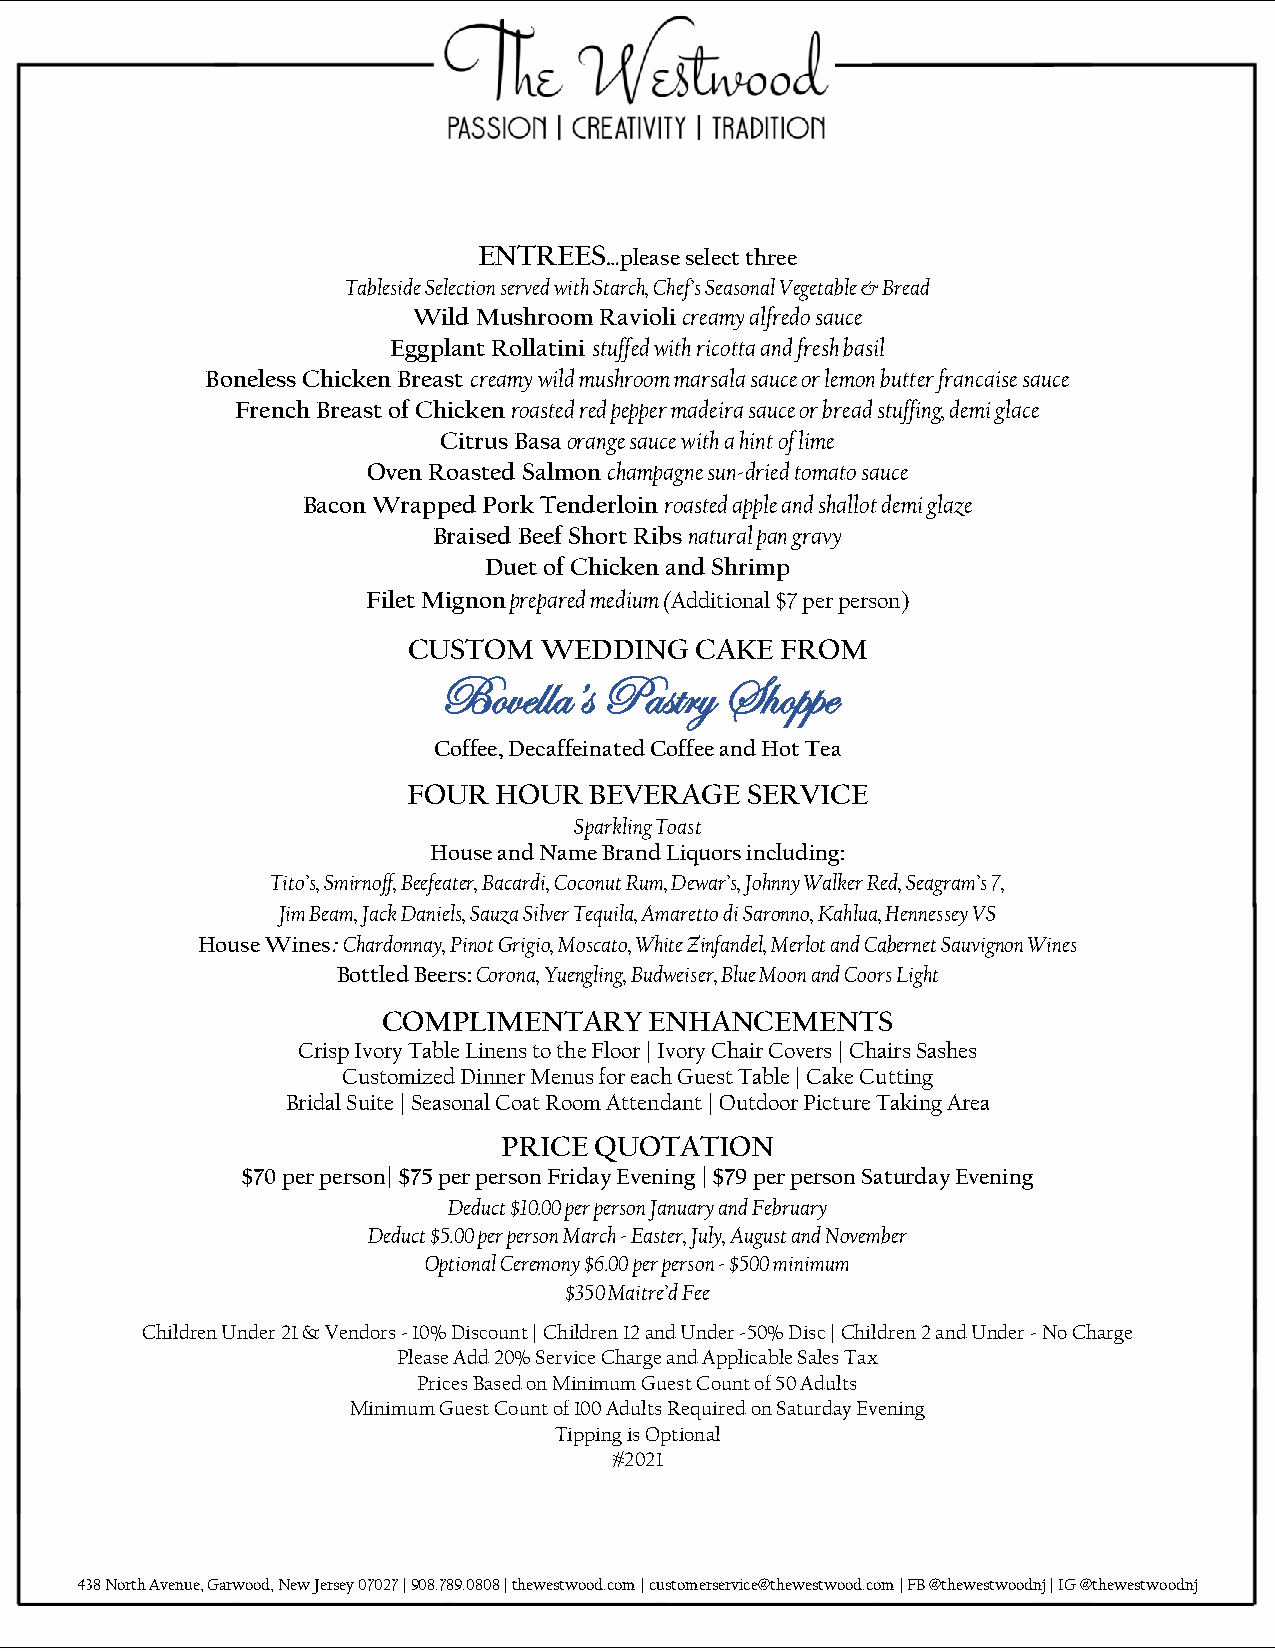
ENTREES…please select three
 Tableside Selection served with Starch, Chef’s Seasonal Vegetable & Bread
 Wild Mushroom Ravioli creamy alfredo sauce
 Eggplant Rollatini stuffed with ricotta and fresh basil
 Boneless Chicken Breast creamy wild mushroom marsala sauce or lemon butter francaise sauce
 French Breast of Chicken roasted red pepper madeira sauce or bread stuffing, demi glace
 Citrus Basa orange sauce with a hint of lime
 Oven Roasted Salmon champagne sun-dried tomato sauce
 Bacon Wrapped Pork Tenderloin roasted apple and shallot demi glaze
 Braised Beef Short Ribs natural pan gravy
 Duet of Chicken and Shrimp
 Filet Mignon prepared medium (Additional $7 per person)
 CUSTOM   WEDDING   CAKE  FROM
 Bovella’s  Pastry  Shoppe
 Coffee, Decaffeinated Coffee and Hot Tea
 FOUR  HOUR  BEVERAGE  SERVICE
 Sparkling Toast
 House and Name Brand Liquors including:
 Tito’s, Smirnoff, Beefeater, Bacardi, Coconut Rum, Dewar’s, Johnny Walker Red, Seagram’s 7,
 Jim Beam, Jack Daniels, Sauza Silver Tequila, Amaretto di Saronno, Kahlua, Hennessey VS
 House Wines: Chardonnay, Pinot Grigio, Moscato, White Zinfandel, Merlot and Cabernet Sauvignon Wines
 Bottled Beers: Corona, Yuengling, Budweiser, Blue Moon and Coors Light
 COMPLIMENTARY     ENHANCEMENTS
 Crisp Ivory Table Linens to the Floor | Ivory Chair Covers | Chairs Sashes
 Customized Dinner Menus for each Guest Table | Cake Cutting
 Bridal Suite | Seasonal Coat Room Attendant | Outdoor Picture Taking Area
 PRICE QUOTATION
 $70 per person| $75 per person Friday Evening | $79 per person Saturday Evening
 Deduct $10.00 per person January and February
 Deduct $5.00 per person March - Easter, July, August and November
 Optional Ceremony $6.00 per person - $500 minimum
 $350 Maitre’d Fee
 Children Under 21 & Vendors - 10% Discount | Children 12 and Under -50% Disc | Children 2 and Under - No Charge
 Please Add 20% Service Charge and Applicable Sales Tax
 Prices Based on Minimum Guest Count of 50 Adults
 Minimum Guest Count of 100 Adults Required on Saturday Evening
 Tipping is Optional
 #2021
 438 North Avenue, Garwood, New Jersey 07027 | 908.789.0808 | thewestwood.com | customerservice@thewestwood.com | FB @thewestwoodnj | IG @thewestwoodnj